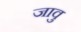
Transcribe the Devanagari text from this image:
जावु